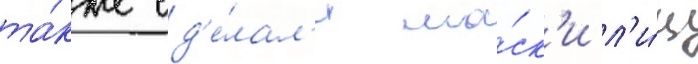
та́кже сд'е́лал'и ма́ск'и л'и́ц